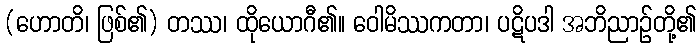
(ဟောတိ၊ ဖြစ်၏) တဿ၊ ထိုယောဂီ၏။ ဝေါမိဿကတာ၊ ပဋိပဒါ အဘိညာဉ်တို့၏